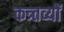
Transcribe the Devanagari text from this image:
कत्र्तव्यों